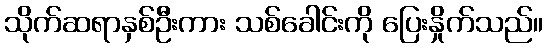
သိုက်ဆရာနှစ်ဦးကား သစ်ခေါင်းကို ပြေးနှိုက်သည်။